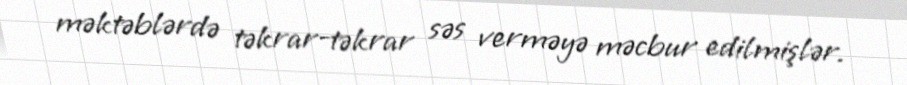
məktəblərdə təkrar-təkrar səs verməyə məcbur edilmişlər.